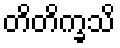
တိတိက္ခသိ